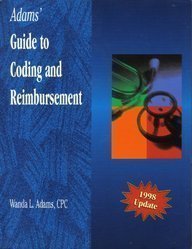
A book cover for Guide to Coding and Reimbursement; Wanda L. Adams; Medical Books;